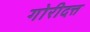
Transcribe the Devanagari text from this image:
गोरीदत्त